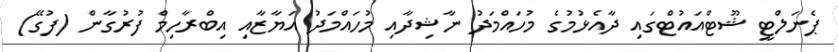
ޕެނަލްޓީ ޝޫޓްއައުޓްގައި ދާއެޅުމުގެ މުހައްމަދު ނާޝިދާއި މުހައްމަދު އަޔާޒާއި އިބްރާހިމް ފުރުގާން (ފުގޭ)